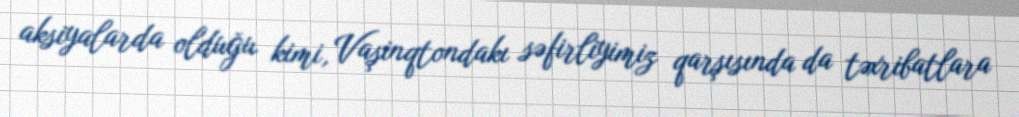
aksiyalarda olduğu kimi, Vaşinqtondakı səfirliyimiz qarşısında da təxribatlara